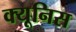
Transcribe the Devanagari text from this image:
क्यूनिस